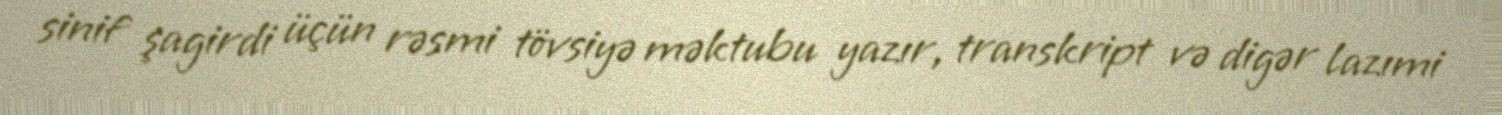
sinif şagirdi üçün rəsmi tövsiyə məktubu yazır, transkript və digər lazımi